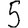
Digit: 5